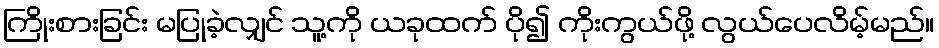
ကြိုးစားခြင်း မပြုခဲ့လျှင် သူ့ကို ယခုထက် ပို၍ ကိုးကွယ်ဖို့ လွယ်ပေလိမ့်မည်။